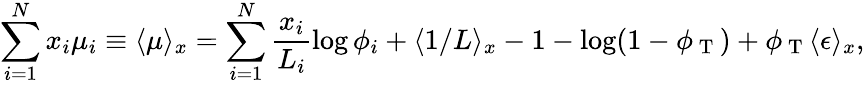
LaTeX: \sum_{i=1}^{N}x_{i}\mu_{i}\equiv\langle\mu\rangle_{x}=\sum_{i=1}^{N}\frac{x_{i}}{L_{i}}\log\phi_{i}+\langle 1/L\rangle_{x}-1-\log(1-\phi_{\mathrm{~T~}})+\phi_{\mathrm{~T~}}\langle\epsilon\rangle_{x},